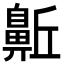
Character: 𪖛